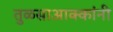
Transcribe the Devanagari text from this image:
तुळसाआक्कांनी